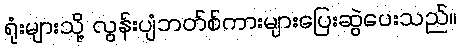
ရုံးများသို့ လွန်းပျံဘတ်စ်ကားများပြေးဆွဲပေးသည်။